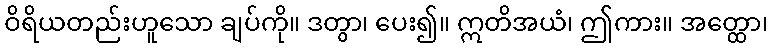
ဝိရိယတည်းဟူသော ချပ်ကို။ ဒတွာ၊ ပေး၍။ ဣတိအယံ၊ ဤကား။ အတ္ထော၊